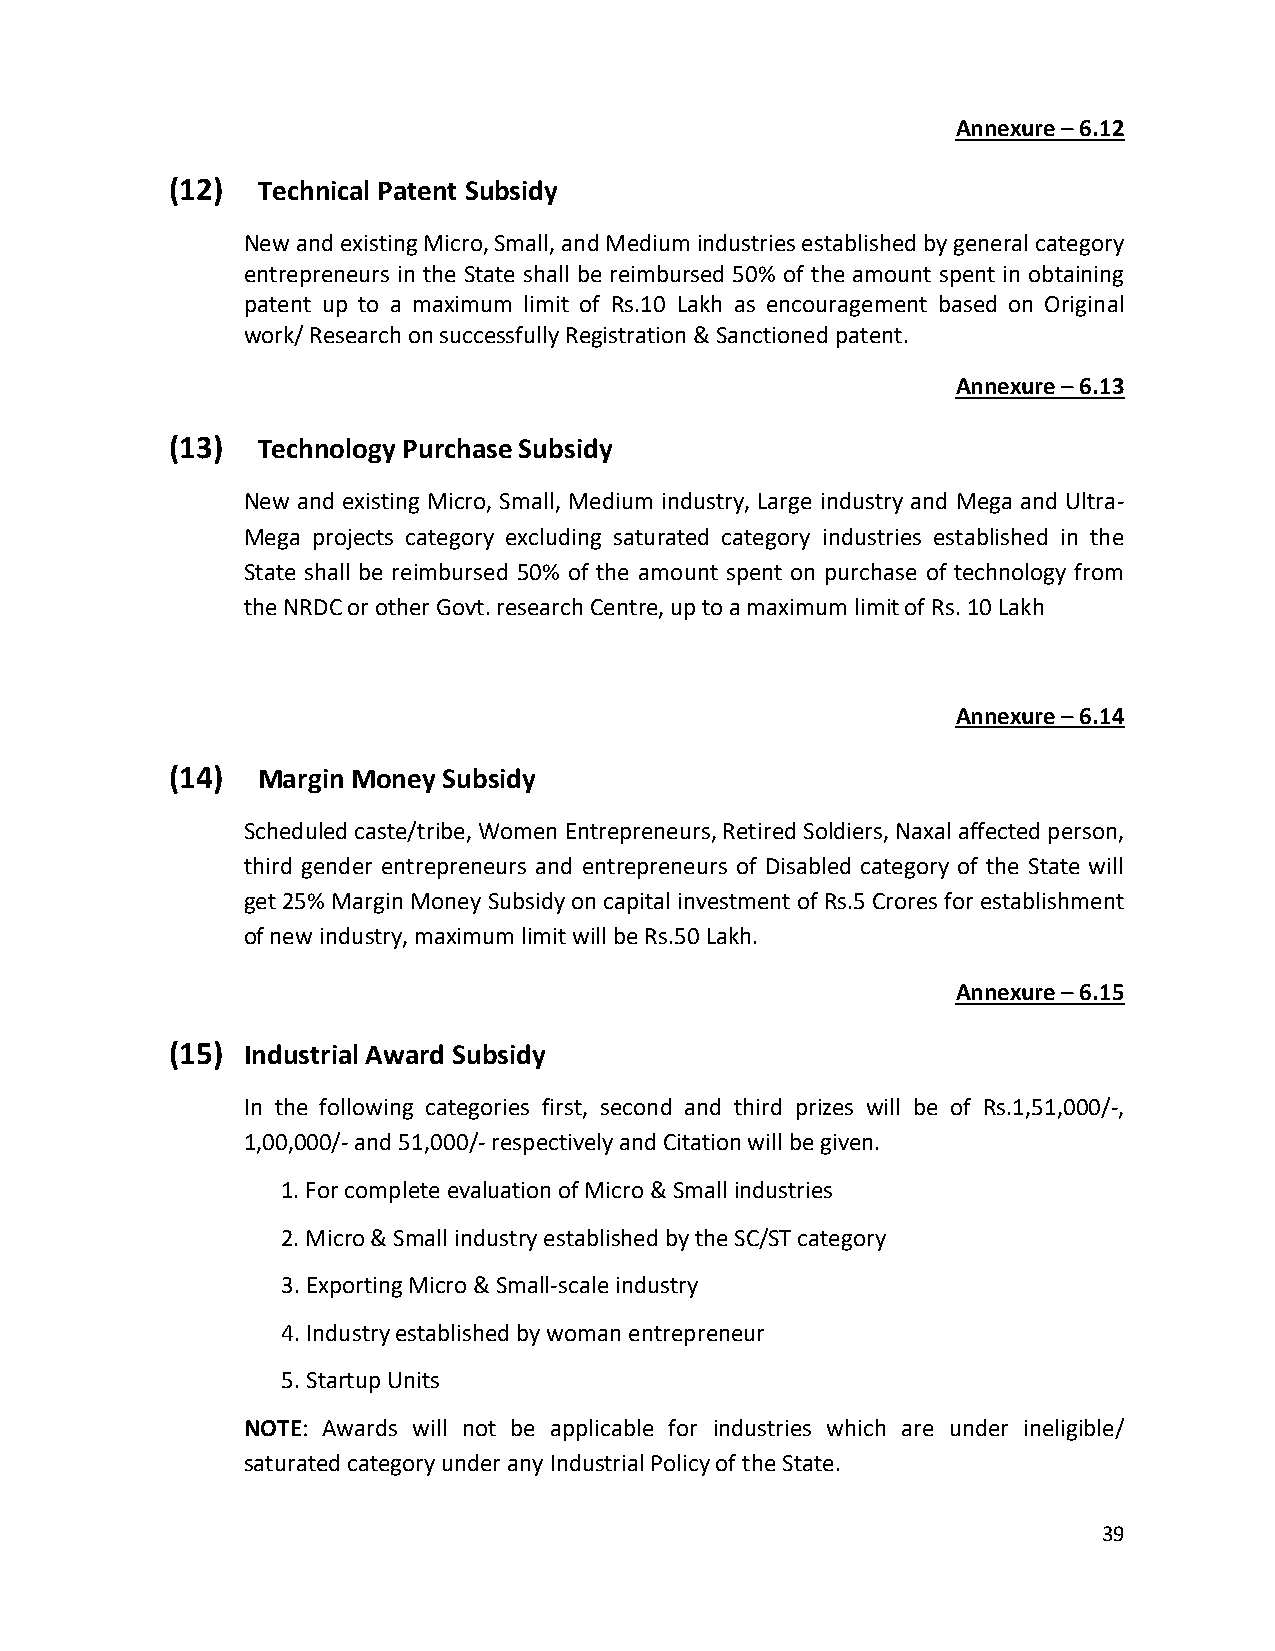
Annexure – 6.12
 (12)  Technical Patent Subsidy
 New and existing Micro, Small, and Medium industries established by general category
 entrepreneurs in the State shall be reimbursed 50% of the amount spent in obtaining
 patent up to a maximum limit of Rs.10 Lakh as encouragement based on Original
 work/ Research on successfully Registration & Sanctioned patent.
 Annexure – 6.13
 (13)  Technology Purchase Subsidy
 New and existing Micro, Small, Medium industry, Large industry and Mega and Ultra-
 Mega projects category excluding saturated category industries established in the
 State shall be reimbursed 50% of the amount spent on purchase of technology from
 the NRDC or other Govt. research Centre, up to a maximum limit of Rs. 10 Lakh
 Annexure – 6.14
 (14)  Margin Money Subsidy
 Scheduled caste/tribe, Women Entrepreneurs, Retired Soldiers, Naxal affected person,
 third gender entrepreneurs and entrepreneurs of Disabled category of the State will
 get 25% Margin Money Subsidy on capital investment of Rs.5 Crores for establishment
 of new industry, maximum limit will be Rs.50 Lakh.
 Annexure – 6.15
 (15) Industrial Award Subsidy
 In the following categories first, second and third prizes will be of Rs.1,51,000/-,
 1,00,000/- and 51,000/- respectively and Citation will be given.
 1. For complete evaluation of Micro & Small industries
 2. Micro & Small industry established by the SC/ST category
 3. Exporting Micro & Small-scale industry
 4. Industry established by woman entrepreneur
 5. Startup Units
 NOTE: Awards will not be applicable for industries which are under ineligible/
 saturated category under any Industrial Policy of the State.
 39